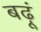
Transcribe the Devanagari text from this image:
बढ़ूं